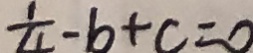
\frac { 1 } { 4 } - b + c = 0